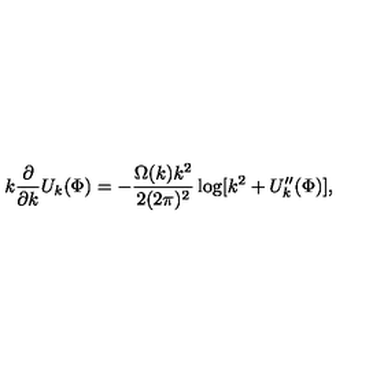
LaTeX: k \frac { \partial } { \partial k } U _ { k } ( \Phi ) = - \frac { \Omega ( k ) k ^ { 2 } } { 2 ( 2 \pi ) ^ { 2 } } \log [ k ^ { 2 } + U _ { k } ^ { \prime \prime } ( \Phi ) ] ,